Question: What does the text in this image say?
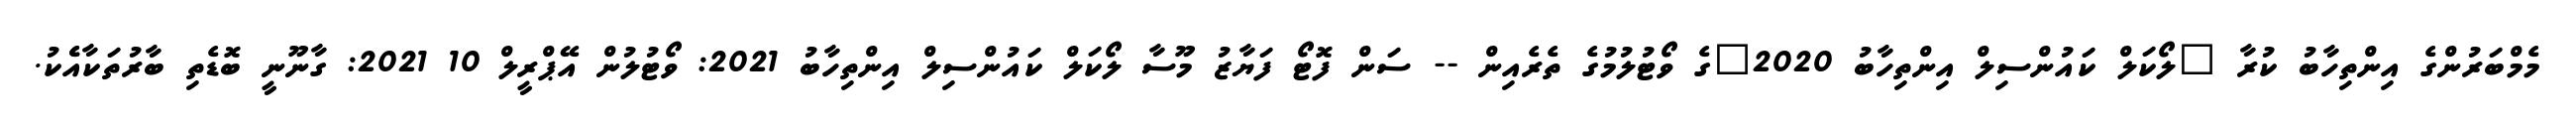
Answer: މެމްބަރުންގެ އިންތިހާބު ކުރާ "ލޯކަލް ކައުންސިލް އިންތިހާބު 2020"ގެ ވޯޓުލުމުގެ ތެރެއިން -- ސަން ފޮޓޯ ފަޔާޒު މޫސާ ލޯކަލް ކައުންސިލް އިންތިހާބު 2021: ވޯޓުލުން އޭޕްރީލް 10 2021: ގާނޫނީ ބޮޑެތި ބާރުތަކާއެެކު.